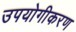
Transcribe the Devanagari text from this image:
उपयोगीकरण